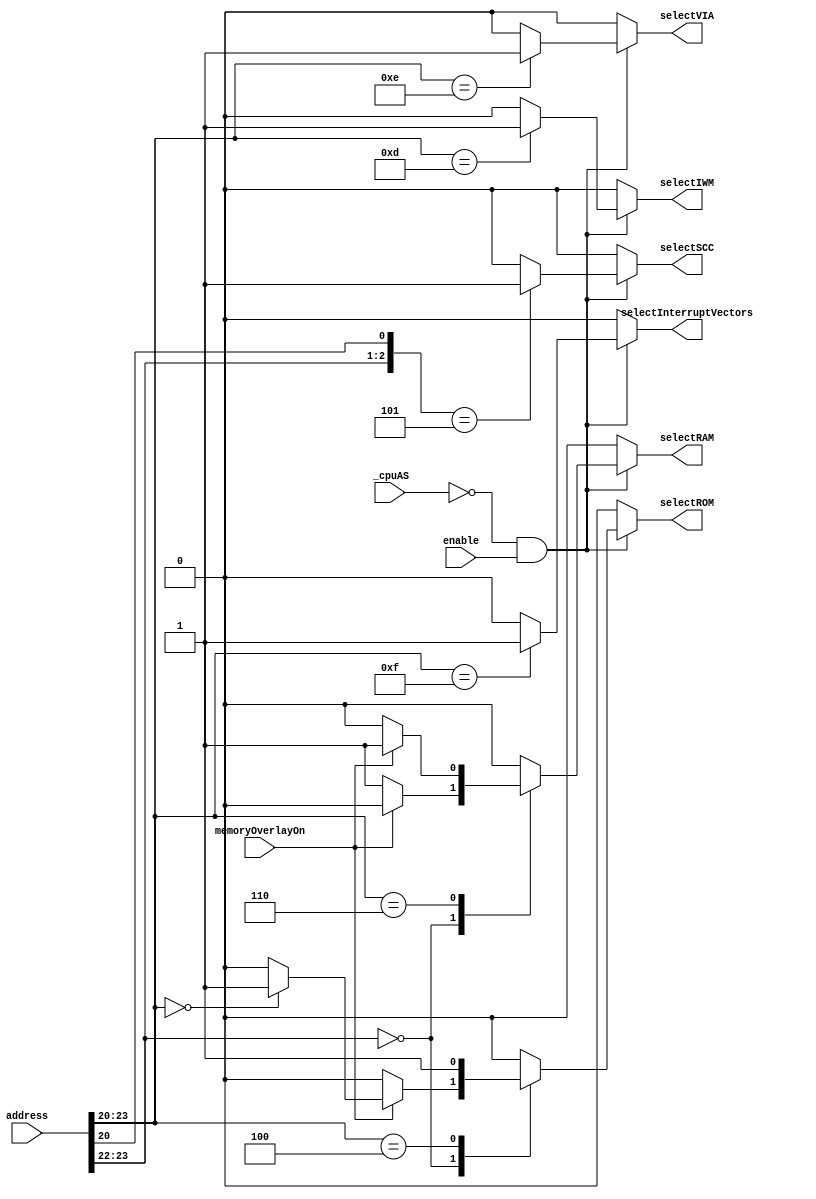
/* 
	($000000 - $03FFFF) RAM  4MB, or Overlay ROM 4MB
	
	($400000 - $4FFFFF) ROM 1MB
		64K Mac 128K/512K ROM is $400000 - $40FFFF
		128K Mac 512Ke/Plus ROM is $400000 - $41FFFF
		If ROM is mirrored when A17 is 1, then SCSI is assumed to be unavailable
	
	($580000 - $580FFF) SCSI (Mac Plus only, not implemented here)
	
	($600000 - $7FFFFF) Overlay RAM 2MB
	
	($9FFFF8 - $BFFFFF) SCC
		The SCC is on the upper byte of the data bus, so you must use only even-addressed byte reads.
		When writing, you must use only odd-addressed byte writes (the MC68000 puts your data on both bytes of the bus, so it works correctly). 
		A byte read of an odd SCC read address tries to reset the entire SCC. 
		A word access to any SCC address will shift the phase of the computer's high-frequency timing by 128 ns.

		($9FFFF8) SCC read channel B control
		($9FFFFA) SCC read channel A control
		($9FFFFC) SCC read channel B data in/out
		($9FFFFE) SCC read channel A data in/out
		
		($BFFFF9) SCC write channel B control
		($BFFFFB) SCC write channel A control
		($BFFFFD) SCC write channel B data in/out
		($BFFFFF) SCC write channel A data in/out

	($DFE1FF - $DFFFFF) IWM
		The IWM is on the lower byte of the data bus, so use odd-addressed byte accesses only. 
		The 16 IWM registers are {8'hDF, 8'b111xxxx1, 8'hFF}:
			0	$0		ph0L		CA0 off (0)
			1	$200	ph0H		CA0 on (1)
			2	$400	ph1L		CA1 off (0)
			3	$600	ph1H		CA1 on (1)
			4	$800	h2L		CA2 off (0)
			5	$A00	ph2H		CA2 on (1)
			6	$C00	ph3L		LSTRB off (low)
			7	$E00	ph3H		LSTRB on (high)
			8	$1000	mtrOff	disk enable off
			9	$1200	mtrOn		disk enable on
			10	$1400	intDrive	select internal drive
			11	$1600	extDrive	select external drive
			12	$1800	q6L		Q6 off
			13	$1A00	q6H		Q6 on
			14	$1C00	q7L		Q7 off, read register
			15	$1E00	q7H		Q7 on, write register
		
	($EFE1FE - $EFFFFE) VIA 
		The VIA is on the upper byte of the data bus, so use even-addressed byte accesses only.
		The 16 VIA registers are {8'hEF, 8'b111xxxx1, 8'hFE}:
			0	$0		vBufB		register B
			1	$200	?????		not used?
			2	$400	vDirB		register B direction register
			3	$600	vDirA		register A direction register
			4	$800	vT1C		timer 1 counter (low-order byte)
			5	$A00	vT1CH		timer 1 counter (high-order byte)
			6	$C00	vT1L		timer 1 latch (low-order byte)
			7	$E00	vT1LH		timer 1 latch (high-order byte)
			8	$1000	vT2C		timer 2 counter (low-order byte)
			9	$1200	vT2CH		timer 2 counter (high-order byte)
			10	$1400	vSR		shift register (keyboard)
			11	$1600	vACR		auxiliary control register
			12	$1800	vPCR		peripheral control register
			13	$1A00	vIFR		interrupt flag register
			14	$1C00	vIER		interrupt enable register
			15	$1E00	vBufA		register A

	($F00000 - $F00005) memory phase read test

	($F80000 - $FFFFEF) space for test software
	
	($FFFFF0 - $FFFFFF) interrupt vectors
	
	Note: This can all be decoded using only the highest 4 address bits, if SCSI, phase read test, and test software are not used.
	7 other address bits are used by peripherals to determine which register to access:
		A12-A9 - IWM and VIA
		A2-A0 - SCC
	
*/

module addrDecoder(
	input [23:0] address,
	input enable,
	input _cpuAS,
	input memoryOverlayOn,
	output reg selectRAM,
	output reg selectROM,
	output reg selectSCC,
	output reg selectIWM,
	output reg selectVIA,
	output reg selectInterruptVectors
);

	always @(*) begin
		selectRAM = 0;
		selectROM = 0;
		selectSCC = 0;
		selectIWM = 0;
		selectVIA = 0;
		selectInterruptVectors = 0;	
		
		if (_cpuAS == 0 && enable == 1'b1) begin
			casez (address[23:20])
				4'b00??: begin
					if (memoryOverlayOn == 0)
						selectRAM = 1'b1;
					else begin
						if (address[23:20] == 0) begin
							// Mac Plus: repeated images of overlay ROM only extend to $0F0000
							// Mac 512K: more repeated ROM images at $020000-$02FFFF
							selectROM = 1'b1;
						end
					end
				end
				4'b0100: 
					selectROM = 1'b1;
				4'b0110: 
					if (memoryOverlayOn)
						selectRAM = 1'b1;		
				4'b10?1:
					selectSCC = 1'b1;
				4'b1101:
					selectIWM = 1'b1;
				4'b1110:
					selectVIA = 1'b1;
				4'b1111:
					selectInterruptVectors = 1'b1;
				default:
					; // select nothing
			endcase
		end
	end
endmodule